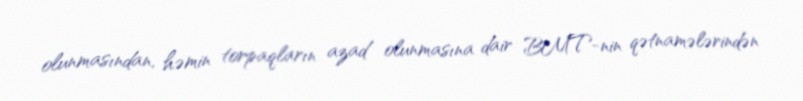
olunmasından, həmin torpaqların azad olunmasına dair BMT-nin qətnamələrindən